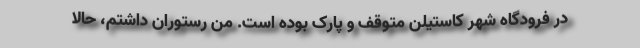
در فرودگاه شهر کاستیلن متوقف و پارک بوده است. من رستوران داشتم، حالا